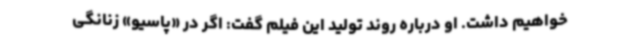
خواهیم داشت. او درباره روند تولید این فیلم گفت: اگر در «پاسیو» زنانگی